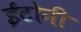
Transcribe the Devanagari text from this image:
ईटोनी